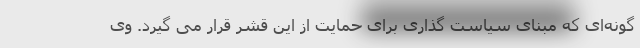
گونه‌ای که مبنای سیاست گذاری برای حمایت از این قشر قرار می گیرد. وی